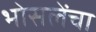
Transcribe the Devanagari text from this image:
भोसलेंचा